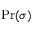
\Pr ( \sigma )